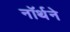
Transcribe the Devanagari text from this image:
नॉर्थने